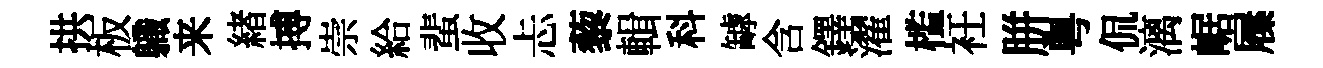
拱板軄来緖搏崇給蜚收忐藜輯科罅含鐸濯槛衽胼粤侃漓崌屧